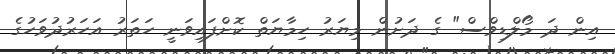
އިން ދަ މޯލްޑިވްސް" ގެ ދަށުން މިޔަރު ހިމާޔަތް ކޮށްފައިވަނީ ހަތަރު އަހަރުދުވަހުގެ